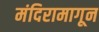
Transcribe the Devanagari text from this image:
मंदिरामागून